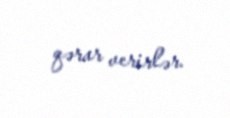
qərar verirlər.